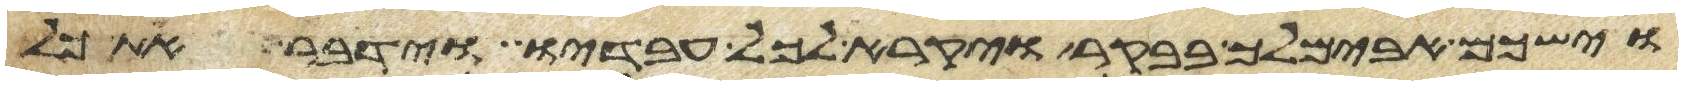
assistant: וישכם אבימלך בבקר ויקרא לכל עבדיו וידבר את כל